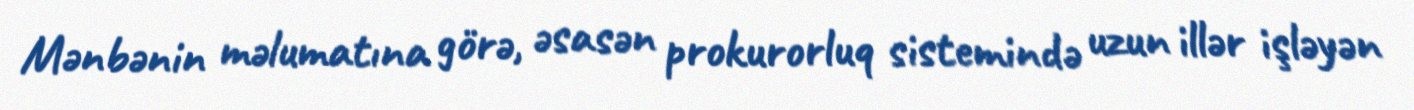
Mənbənin məlumatına görə, əsasən prokurorluq sistemində uzun illər işləyən